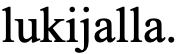
lukijalla.